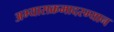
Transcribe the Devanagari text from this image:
अभ्यासक्रमादरम्यान